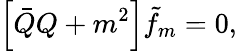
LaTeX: \left[\bar{Q}Q+m^{2}\right]\tilde{f}_{m}=0,